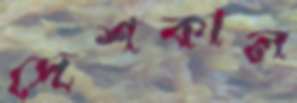
দেশকাল